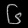
Digit: ၆